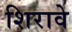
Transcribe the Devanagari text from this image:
शिरावे